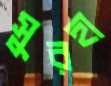
সুরহা